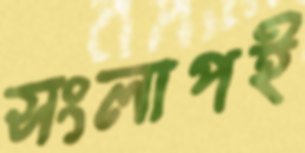
সংলাপই